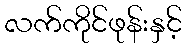
လက်ကိုင်ဖုန်းနှင့်